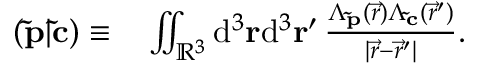
\begin{array} { r l } { ( \mathbf { \tilde { p } } | \mathbf { \tilde { c } } ) \equiv } & { \, \iint _ { \mathbb { R } ^ { 3 } } \mathrm { d } ^ { 3 } \ensuremath \mathbf { r } \mathrm { d } ^ { 3 } \ensuremath \mathbf { r } ^ { \prime } \, \frac { \Lambda _ { \mathbf { \tilde { p } } } ( \vec { r } ) \Lambda _ { \mathbf { \tilde { c } } } ( \vec { r } ^ { \prime } ) } { \vert \vec { r } - \vec { r } ^ { \prime } \vert } . } \end{array}